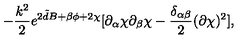
- \frac { k ^ { 2 } } { 2 } e ^ { 2 { \tilde { d } } B + \beta \phi + 2 \chi } [ \partial _ { \alpha } \chi \partial _ { \beta } \chi - \frac { \delta _ { \alpha \beta } } { 2 } ( \partial \chi ) ^ { 2 } ] ,